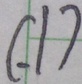
( . 1 )